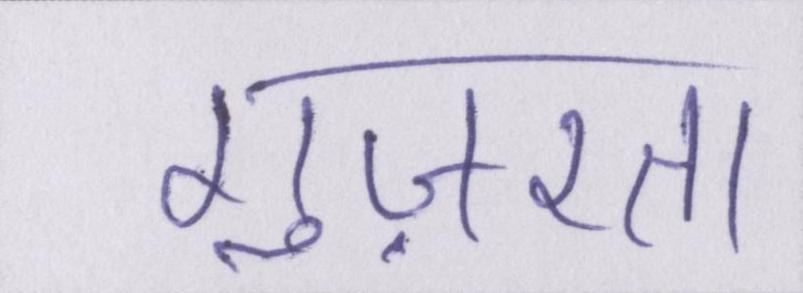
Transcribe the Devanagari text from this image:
गुज़रता